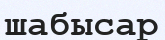
шабысар